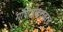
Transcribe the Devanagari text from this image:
गणिताबरोबरच